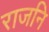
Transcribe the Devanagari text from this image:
राजनि